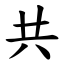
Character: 共